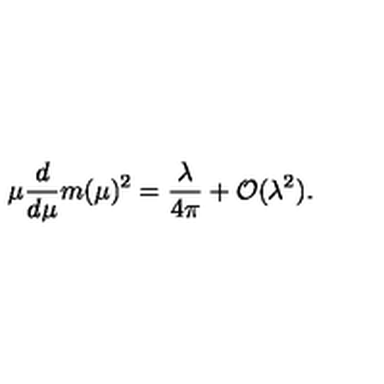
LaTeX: \mu \frac { d } { d \mu } m ( \mu ) ^ { 2 } = \frac { \lambda } { 4 \pi } + { \cal O } ( \lambda ^ { 2 } ) .